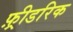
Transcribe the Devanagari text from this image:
फ़्रीडरिक